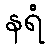
နရံ